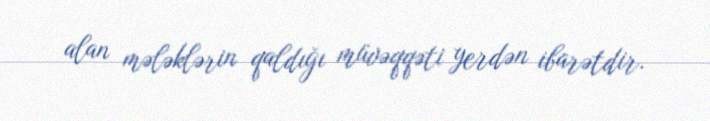
alan mələklərin qaldığı müvəqqəti yerdən ibarətdir.